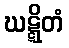
ဃဋ္ဋိတံ